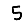
Digit: 5